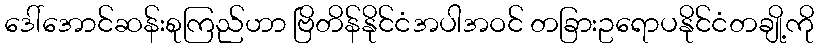
ဒေါ်အောင်ဆန်းစုကြည်ဟာ ဗြိတိန်နိုင်ငံအပါအဝင် တခြားဥရောပနိုင်ငံတချို့ကို